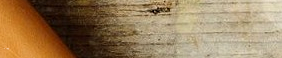
OneWay